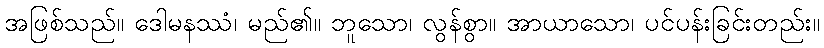
အဖြစ်သည်။ ဒေါမနဿံ၊ မည်၏။ ဘူသော၊ လွန်စွာ။ အာယာသော၊ ပင်ပန်းခြင်းတည်း။